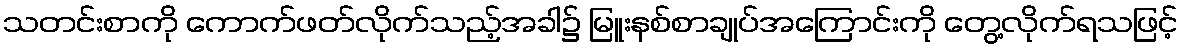
သတင်းစာကို ကောက်ဖတ်လိုက်သည့်အခါ၌ မြူးနစ်စာချုပ်အကြောင်းကို တွေ့လိုက်ရသဖြင့်